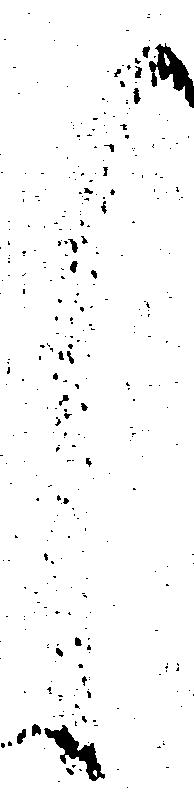
く